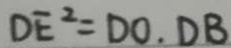
D E ^ { 2 } = D O . D B